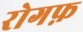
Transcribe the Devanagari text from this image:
रोगफ़